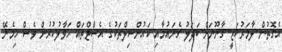
އެގޮތުން ލާމަރުކަޒީ ގާނޫނަށް ބަދަލު ގެނައުމާއި ކައުންސިލްތަކުގެ އެސްޓްތައް ހަވާލުކުރުން ވެސް ހިމެނޭ